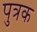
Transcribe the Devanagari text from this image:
पुत्रक